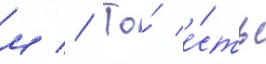
м // То́ е́сть